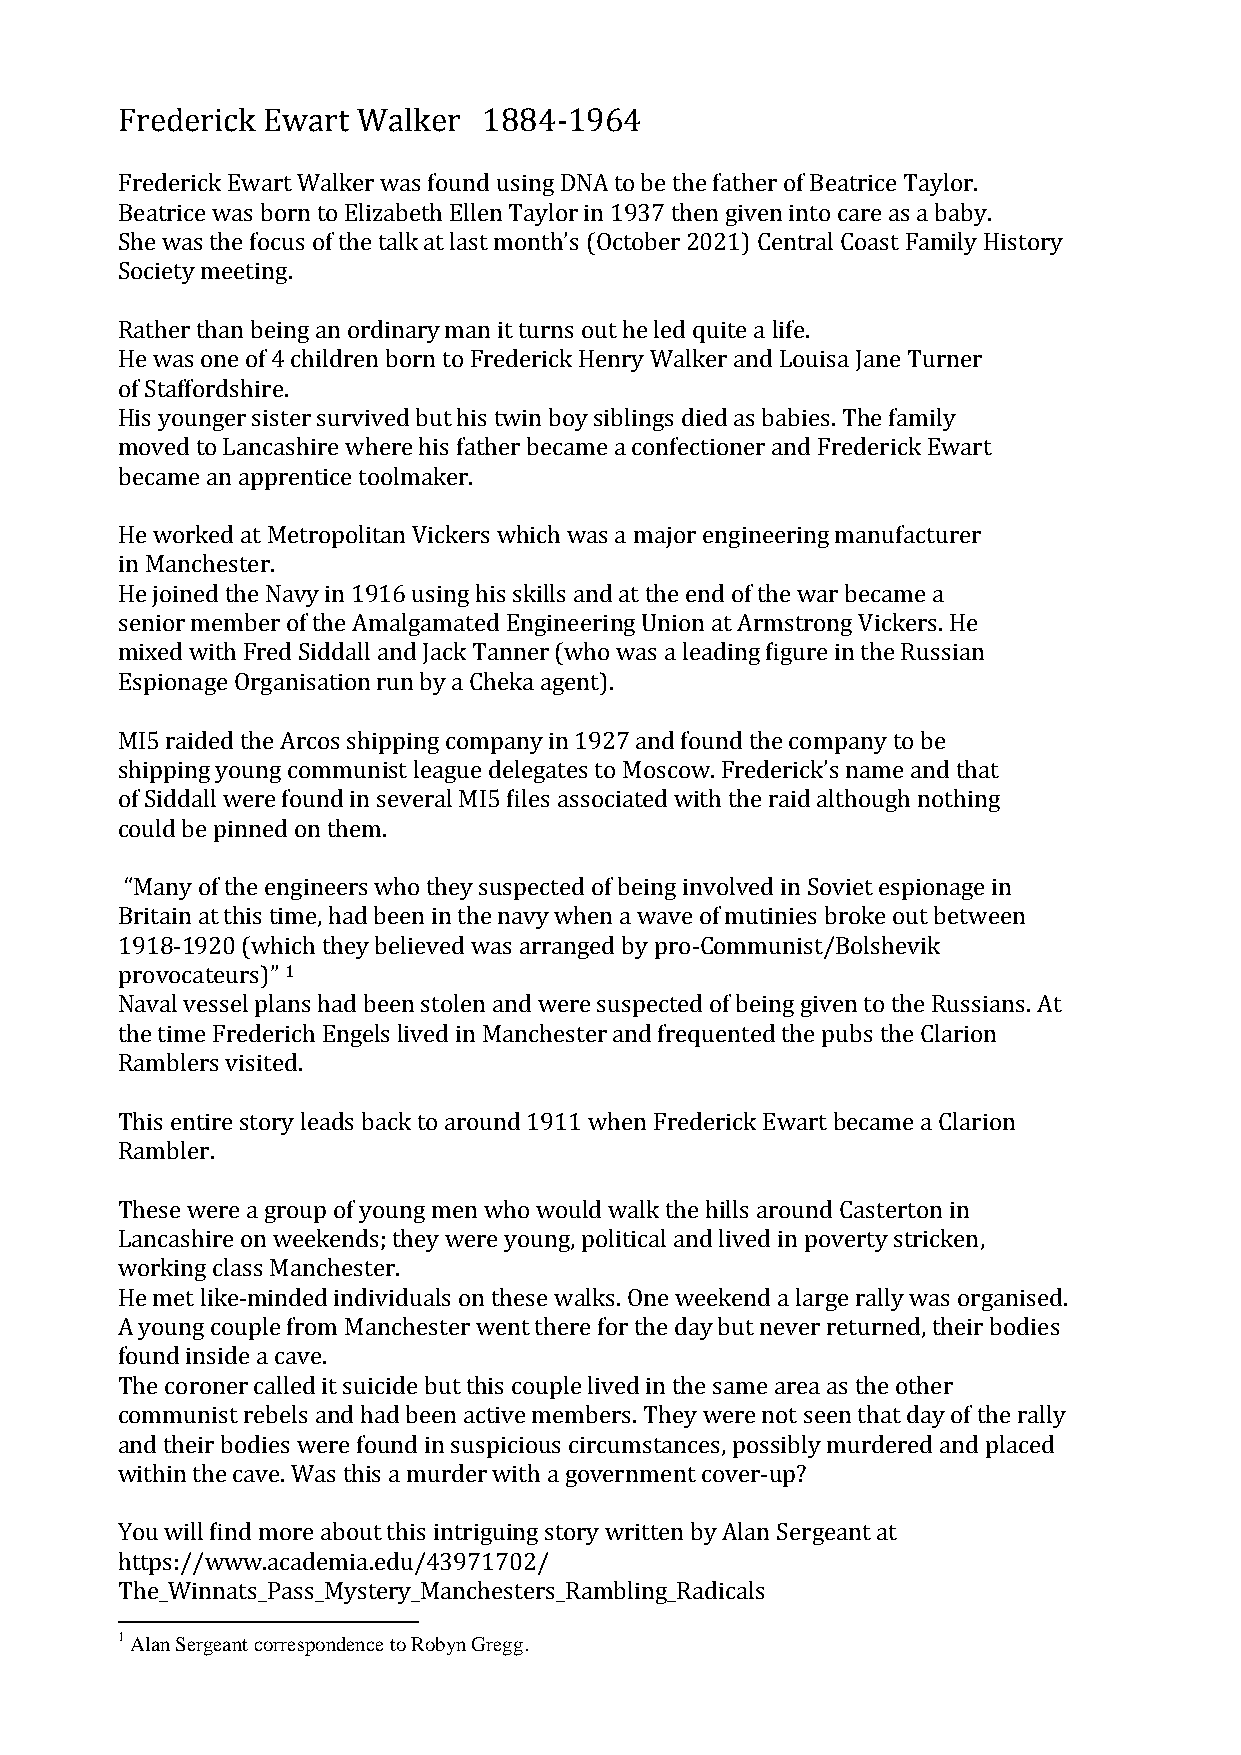
Frederick Ewart Walker  1884-1964
 Frederick Ewart Walker was found using DNA to be the father of Beatrice Taylor.
 Beatrice was born to Elizabeth Ellen Taylor in 1937 then given into care as a baby.
 She was the focus of the talk at last month’s (October 2021) Central Coast Family History
 Society meeting.
 Rather than being an ordinary man it turns out he led quite a life.
 He was one of 4 children born to Frederick Henry Walker and Louisa Jane Turner
 of Staffordshire.
 His younger sister survived but his twin boy siblings died as babies. The family
 moved to Lancashire where his father became a confectioner and Frederick Ewart
 became an apprentice toolmaker.
 He worked at Metropolitan Vickers which was a major engineering manufacturer
 in Manchester.
 He joined the Navy in 1916 using his skills and at the end of the war became a
 senior member of the Amalgamated Engineering Union at Armstrong Vickers. He
 mixed with Fred Siddall and Jack Tanner (who was a leading figure in the Russian
 Espionage Organisation run by a Cheka agent).
 MI5 raided the Arcos shipping company in 1927 and found the company to be
 shipping young communist league delegates to Moscow. Frederick’s name and that
 of Siddall were found in several MI5 files associated with the raid although nothing
 could be pinned on them.
 “Many of the engineers who they suspected of being involved in Soviet espionage in
 Britain at this time, had been in the navy when a wave of mutinies broke out between
 1918-1920 (which they believed was arranged by pro-Communist/Bolshevik
 provocateurs)” 1
 Naval vessel plans had been stolen and were suspected of being given to the Russians. At
 the time Frederich Engels lived in Manchester and frequented the pubs the Clarion
 Ramblers visited.
 This entire story leads back to around 1911 when Frederick Ewart became a Clarion
 Rambler.
 These were a group of young men who would walk the hills around Casterton in
 Lancashire on weekends; they were young, political and lived in poverty stricken,
 working class Manchester.
 He met like-minded individuals on these walks. One weekend a large rally was organised.
 A young couple from Manchester went there for the day but never returned, their bodies
 found inside a cave.
 The coroner called it suicide but this couple lived in the same area as the other
 communist rebels and had been active members. They were not seen that day of the rally
 and their bodies were found in suspicious circumstances, possibly murdered and placed
 within the cave. Was this a murder with a government cover-up?
 You will find more about this intriguing story written by Alan Sergeant at
 https://www.academia.edu/43971702/
 The_Winnats_Pass_Mystery_Manchesters_Rambling_Radicals
 1 Alan Sergeant correspondence to Robyn Gregg.